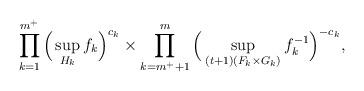
LaTeX: \begin{align*} \prod_{k=1}^{m^+} \Big( \sup_{H_k} f_k \Big)^{c_k} \times \prod_{k=m^+ +1}^m \Big( \sup_{(t+1)(F_k \times G_k)} f_k^{-1} \Big)^{-c_k},\end{align*}